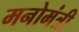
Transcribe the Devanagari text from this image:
मनोमंत्री